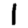
Digit: 1